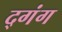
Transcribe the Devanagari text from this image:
द्गंग